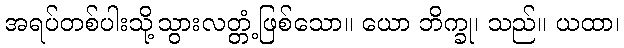
အရပ်တစ်ပါးသို့သွားလတ္တံ့ဖြစ်သော။ ယော ဘိက္ခု၊ သည်။ ယထာ၊